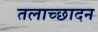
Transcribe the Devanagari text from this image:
तलाच्छादन